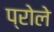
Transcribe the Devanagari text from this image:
प्रोले